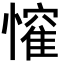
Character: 𭟃